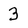
Character: 3